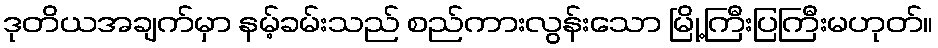
ဒုတိယအချက်မှာ နမ့်ခမ်းသည် စည်ကားလွန်းသော မြို့ကြီးပြကြီးမဟုတ်။